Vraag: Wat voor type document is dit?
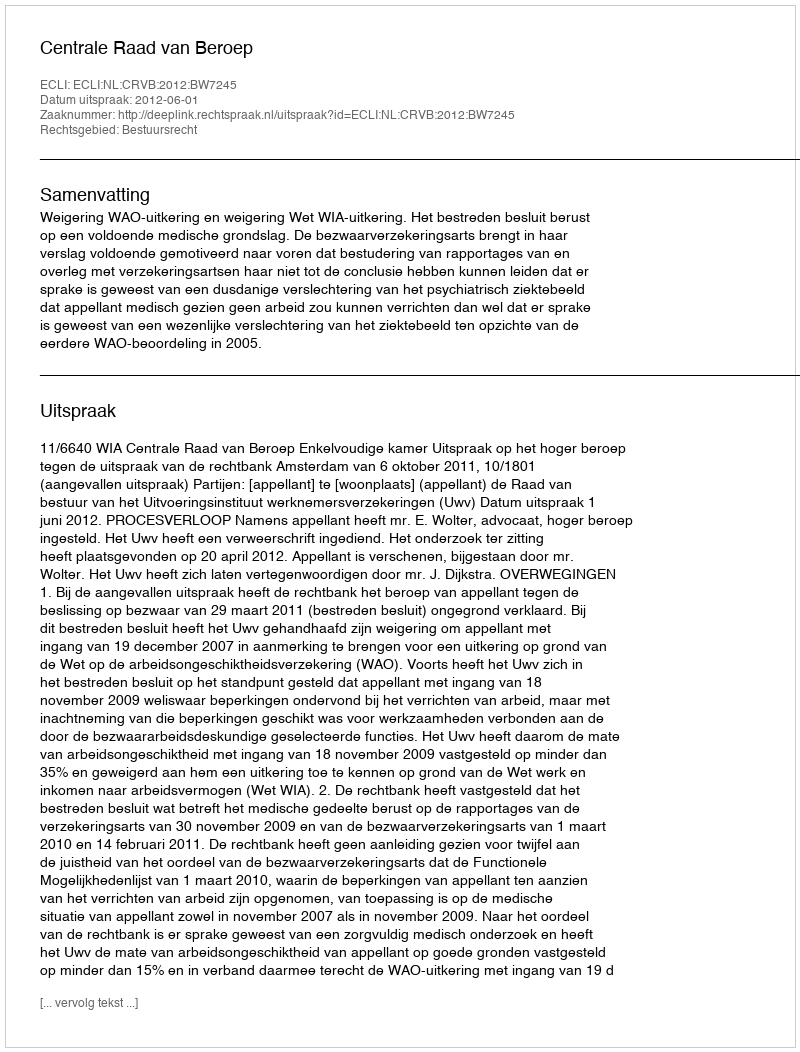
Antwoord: Uitspraak